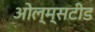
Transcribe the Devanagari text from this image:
ओल्म्सटीड